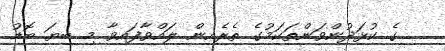
ގެ ކުޅަދުންވަންތަކަމުގެ ތެރެއިން ލައްވާފައިވާ މި ބިޔަ ބޮޑު